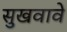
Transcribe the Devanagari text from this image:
सुखवावे